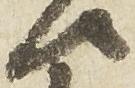
候